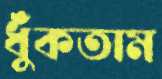
ধুঁকতাম